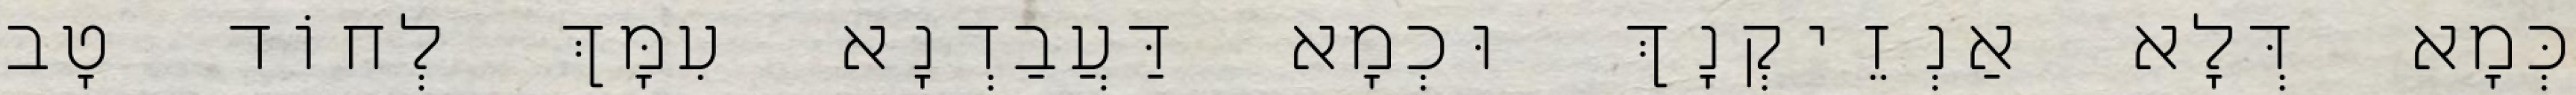
כְּמָא דְּלָא אַנְזֵיקְנָךְ וּכְמָא דַּעֲבַדְנָא עִמָּךְ לְחוֹד טָב